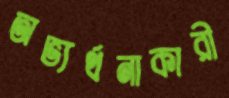
অভ্যর্থনাকারী